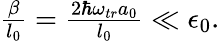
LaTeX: \begin{array}{r}{\frac{\beta}{l_{0}}=\frac{2\hbar\omega_{tr}a_{0}}{l_{0}}\ll\epsilon_{0}.}\end{array}